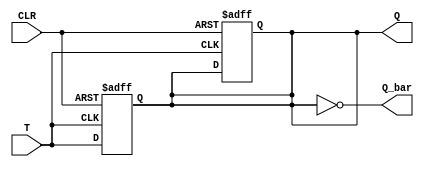
module T_FF(input T, output reg Q, Q_bar, input CLR);

reg D1, D2;

assign Q_bar = ~Q;

always @(posedge T or negedge CLR)
begin
    if(~CLR)
    begin
        D1 <= 1'b0;
        D2 <= 1'b0;
    end
    else
    begin
        D1 <= T;
        D2 <= Q;
    end
end

assign Q = D1;
assign D2 = D1;

endmodule